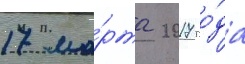
17 ма́рта 2017 го́да